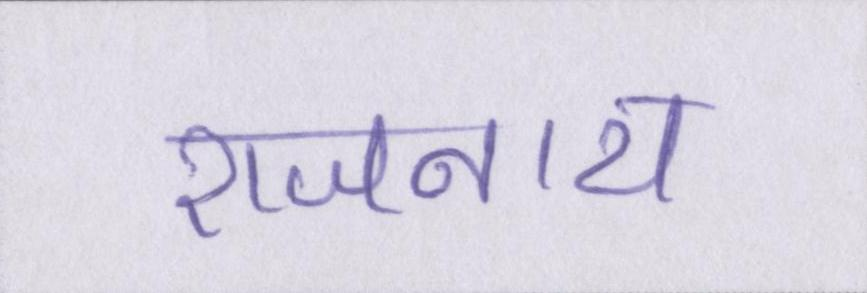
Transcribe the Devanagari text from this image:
राजनाथ